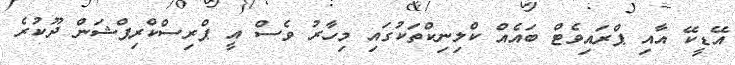
އޭޑީކޭ އާއި ޕްރައިވެޓް ބައެއް ކްލިނިކްތަކުގައި މިހާރު ވެސް އީ ޕްރިސްކްރިޕްޝަން ދޫކުރެ